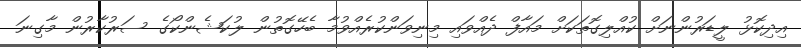
އިދިކޮޅު ލީޑަރުންނަށް ކުއްލިގޮތަކަށް މައާފް ދެއްވައި މިނިވަންކުރެއްވުމާ ބެހޭގޮތުން ލުކަޝެންކޯގެ ސަރުކާރުން މާގިނަ